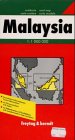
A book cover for Asia Road Map: Malaysia with Guide 1.1m (German Edition); Macmillan Publishing; Travel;